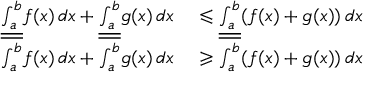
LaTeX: \begin{array} { r l } { { \underline { { \int _ { a } ^ { b } } } } f ( x ) \, d x + { \underline { { \int _ { a } ^ { b } } } } g ( x ) \, d x } & { { } \leqslant { \underline { { \int _ { a } ^ { b } } } } ( f ( x ) + g ( x ) ) \, d x } \\ { { \overline { { \int _ { a } ^ { b } } } } f ( x ) \, d x + { \overline { { \int _ { a } ^ { b } } } } g ( x ) \, d x } & { { } \geqslant { \overline { { \int _ { a } ^ { b } } } } ( f ( x ) + g ( x ) ) \, d x } \end{array}